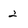
Character: 2